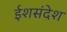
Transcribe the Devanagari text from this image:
ईशसंदेश